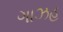
ગાઝહ